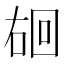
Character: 𪡐